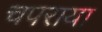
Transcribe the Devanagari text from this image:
चपराया